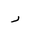
Letter: _ra